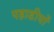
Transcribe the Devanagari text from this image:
पहाडीयों